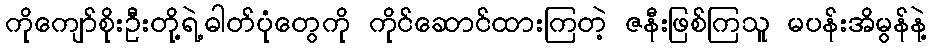
ကိုကျော်စိုးဦးတို့ရဲ့ဓါတ်ပုံတွေကို ကိုင်ဆောင်ထားကြတဲ့ ဇနီးဖြစ်ကြသူ မပန်းအိမွန်နဲ့